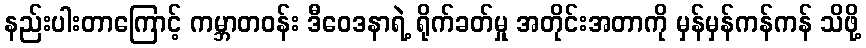
နည်းပါးတာကြောင့် ကမ္ဘာတဝန်း ဒီဝေဒနာရဲ့ ရိုက်ခတ်မှု အတိုင်းအတာကို မှန်မှန်ကန်ကန် သိဖို့